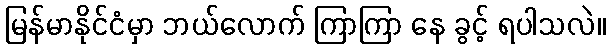
မြန်မာနိုင်ငံမှာ ဘယ်လောက် ကြာကြာ နေ ခွင့် ရပါသလဲ။